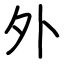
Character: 外